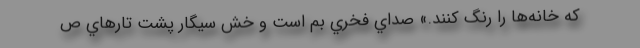
كه خانه‌ها را رنگ كنند.» صداي فخري بم است و خش سيگار پشت تارهاي ص